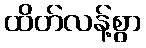
ထိတ်လန့်စွာ